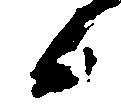
日